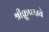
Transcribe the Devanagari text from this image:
श्रीक्रुष्णाचे